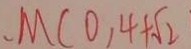
M ( 0 , 4 + \sqrt { 2 }